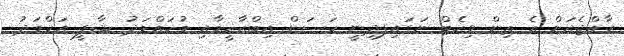
ރާއްޖެއަށް އެ ތިން ވިކެޓް ނަގައިފދިނީ ހަސަން އިބްރާހީމާއި މުހައްމަދު ޝާފީ އަހްމަދު